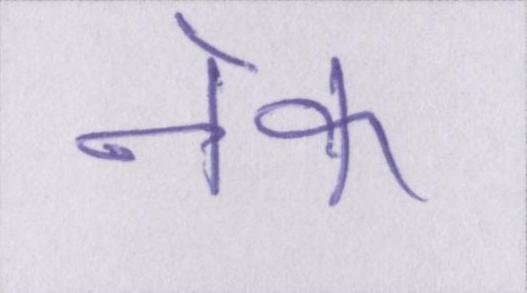
नेक